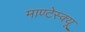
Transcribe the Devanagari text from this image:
माण्टेस्क्यू